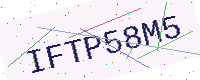
Text: IFTP58M5